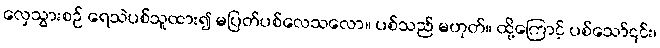
လှေသွားစဉ် ရေသဲပစ်သူထား၍ မပြတ်ပစ်လေသလော။ ပစ်သည် မဟုတ်။ ထို့ကြောင့် ပစ်သော်၎င်း၊